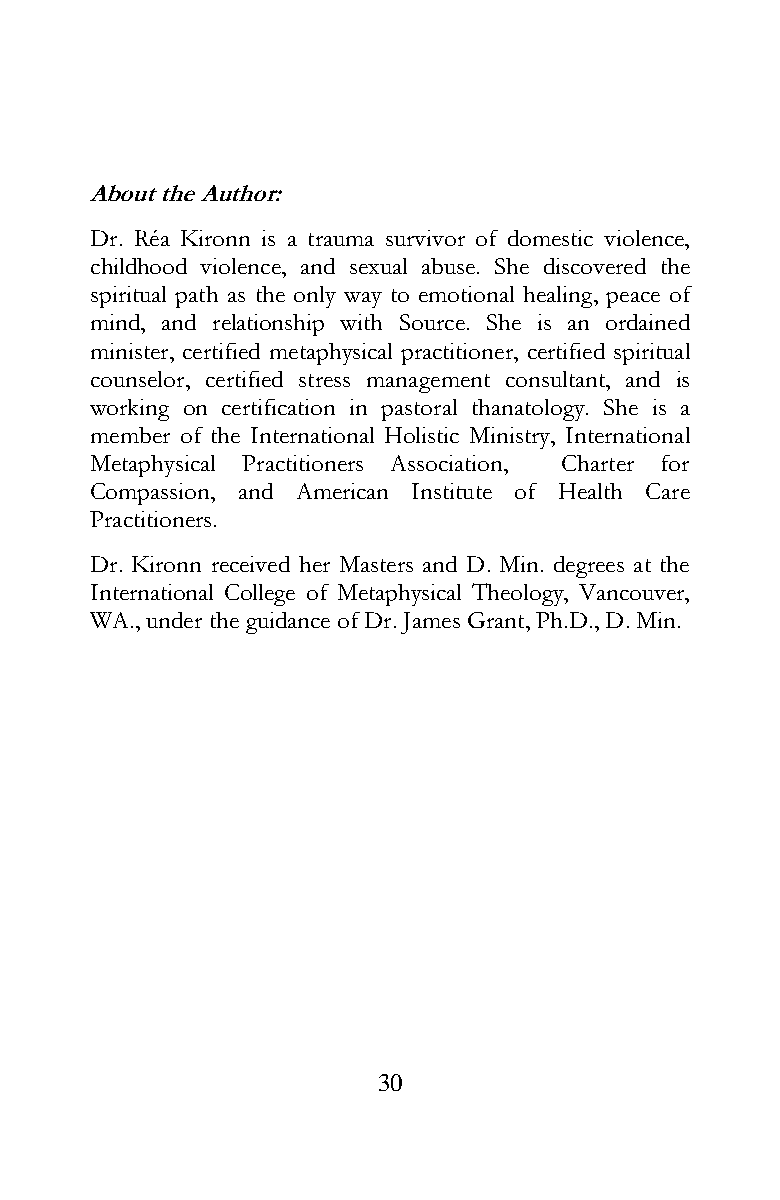
About the Author:
 Dr. Réa Kironn is a trauma survivor of domestic violence,
 childhood violence, and sexual abuse. She discovered the
 spiritual path as the only way to emotional healing, peace of
 mind, and relationship with Source. She is an ordained
 minister, certified metaphysical practitioner, certified spiritual
 counselor, certified stress management consultant, and is
 working on certification in pastoral thanatology. She is a
 member of the International Holistic Ministry, International
 Metaphysical Practitioners Association, Charter for
 Compassion, and American Institute of Health Care
 Practitioners.
 Dr. Kironn received her Masters and D. Min. degrees at the
 International College of Metaphysical Theology, Vancouver,
 WA., under the guidance of Dr. James Grant, Ph.D., D. Min.
 30